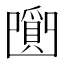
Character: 𤔼